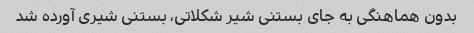
بدون هماهنگی به جای بستنی شیر شکلاتی، بستنی شیری آورده شد